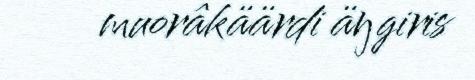
muorâkäärdi äŋgiris